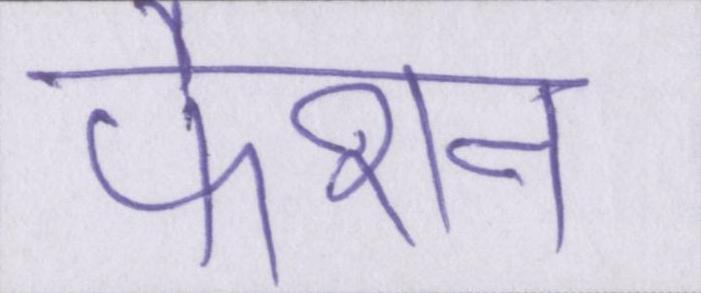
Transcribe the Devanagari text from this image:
फैशन